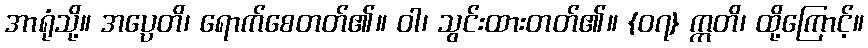
အာရုံသို့။ အပ္ပေတိ၊ ရောက်စေတတ်၏။ ဝါ၊ သွင်းထားတတ်၏။ {၀၇} ဣတိ၊ ထို့ကြောင့်။